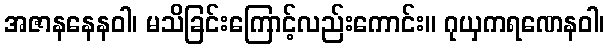
အဇာနနေနဝါ၊ မသိခြင်းကြောင့်လည်းကောင်း။ ဂုယှကရဏေနဝါ၊